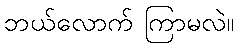
ဘယ်လောက် ကြာမလဲ။